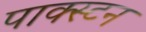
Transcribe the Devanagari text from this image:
पाक्स्टन